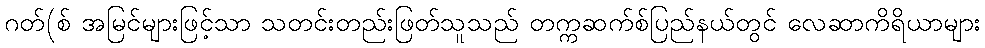
ဂတ်(စ် အမြင်များဖြင့်သာ သတင်းတည်းဖြတ်သူသည် တက္ကဆက်စ်ပြည်နယ်တွင် လေဆာကိရိယာများ